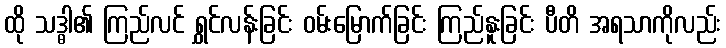
ထို သဒ္ဓါ၏ ကြည်လင် ရွှင်လန်းခြင်း ဝမ်းမြောက်ခြင်း ကြည်နူးခြင်း ပီတိ အရသာကိုလည်း